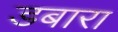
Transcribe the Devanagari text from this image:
डबारा